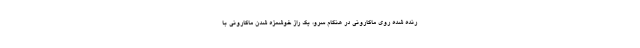
رنده شده روی ماکارونی در هنگام سرو، یک راز خوشمزه شدن ماکارونی با